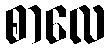
စာလေ